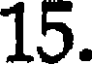
15.